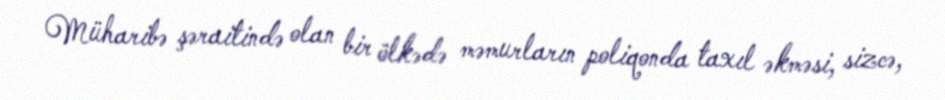
Müharibə şəraitində olan bir ölkədə məmurların poliqonda taxıl əkməsi, sizcə,